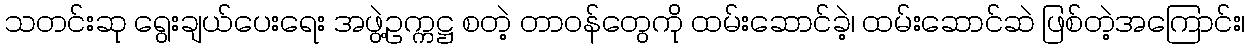
သတင်းဆု ရွေးချယ်ပေးရေး အဖွဲ့ဥက္ကဋ္ဌ စတဲ့ တာဝန်တွေကို ထမ်းဆောင်ခဲ့၊ ထမ်းဆောင်ဆဲ ဖြစ်တဲ့အကြောင်း၊